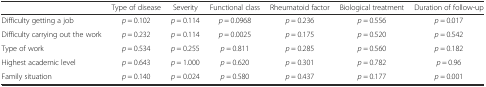
<table><thead><tr><td>[EMPTY_CELL]</td><td><b>Type of disease</b></td><td><b>Severity</b></td><td><b>Functional class</b></td><td><b>Rheumatoid factor</b></td><td><b>Biological treatment</b></td><td><b>Duration of follow-up</b></td></tr></thead><tbody><tr><td>Difficulty getting a job</td><td><i>p</i> = 0.102</td><td><i>p</i> = 0.114</td><td><i>p</i> = 0.0968</td><td><i>p</i> = 0.236</td><td><i>p</i> = 0.556</td><td><i>p</i> = 0.017</td></tr><tr><td>Difficulty carrying out the work</td><td><i>p</i> = 0.232</td><td><i>p</i> = 0.114</td><td><i>p</i> = 0.0025</td><td><i>p</i> = 0.175</td><td><i>p</i> = 0.520</td><td><i>p</i> = 0.542</td></tr><tr><td>Type of work</td><td><i>p</i> = 0.534</td><td><i>p</i> = 0.255</td><td><i>p</i> = 0.811</td><td><i>p</i> = 0.285</td><td><i>p</i> = 0.560</td><td><i>p</i> = 0.182</td></tr><tr><td>Highest academic level</td><td><i>p</i> = 0.643</td><td><i>p</i> = 1.000</td><td><i>p</i> = 0.620</td><td><i>p</i> = 0.301</td><td><i>p</i> = 0.782</td><td><i>p</i> = 0.96</td></tr><tr><td>Family situation</td><td><i>p</i> = 0.140</td><td><i>p</i> = 0.024</td><td><i>p</i> = 0.580</td><td><i>p</i> = 0.437</td><td><i>p</i> = 0.177</td><td><i>p</i> = 0.001</td></tr></tbody></table>